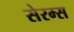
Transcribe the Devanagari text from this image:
सेरम्स